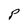
Character: P